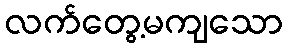
လက်တွေ့မကျသော